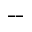
--